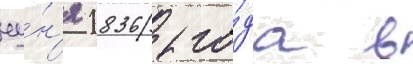
иу́н'я 1836 го́да в